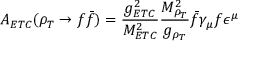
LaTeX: { \cal A } _ { E T C } ( \rho _ { T } \rightarrow f \bar { f } ) = \frac { g _ { E T C } ^ { 2 } } { M _ { E T C } ^ { 2 } } \frac { M _ { \rho _ { T } } ^ { 2 } } { g _ { \rho _ { T } } } \bar { f } \gamma _ { \mu } f \epsilon ^ { \mu }